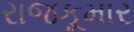
રાજકૂમાર